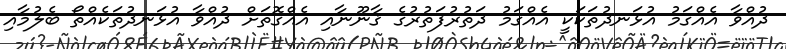
ދުއްވާ އެއްގަމު އުޅަނދުތަކަކީ އެއްގަމު ދަތުރުފަތުރުގެ ޤާނޫނާއި އެއްގޮތަށް ދުއްވާ އުޅަނދުތަކެއްތޯ ބެލުމާއި